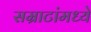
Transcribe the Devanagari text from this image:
सम्राटांमध्ये